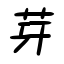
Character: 芽